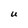
Character: U